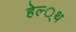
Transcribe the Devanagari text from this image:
हेल्‍्थ